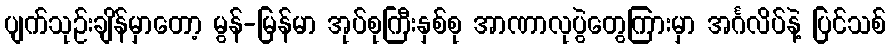
ပျက်သုဉ်းချိန်မှာတော့ မွန်-မြန်မာ အုပ်စုကြီးနှစ်စု အာဏာလုပွဲတွေကြားမှာ အင်္ဂလိပ်နဲ့ ပြင်သစ်